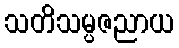
သတိသမ္ပဇညာယ